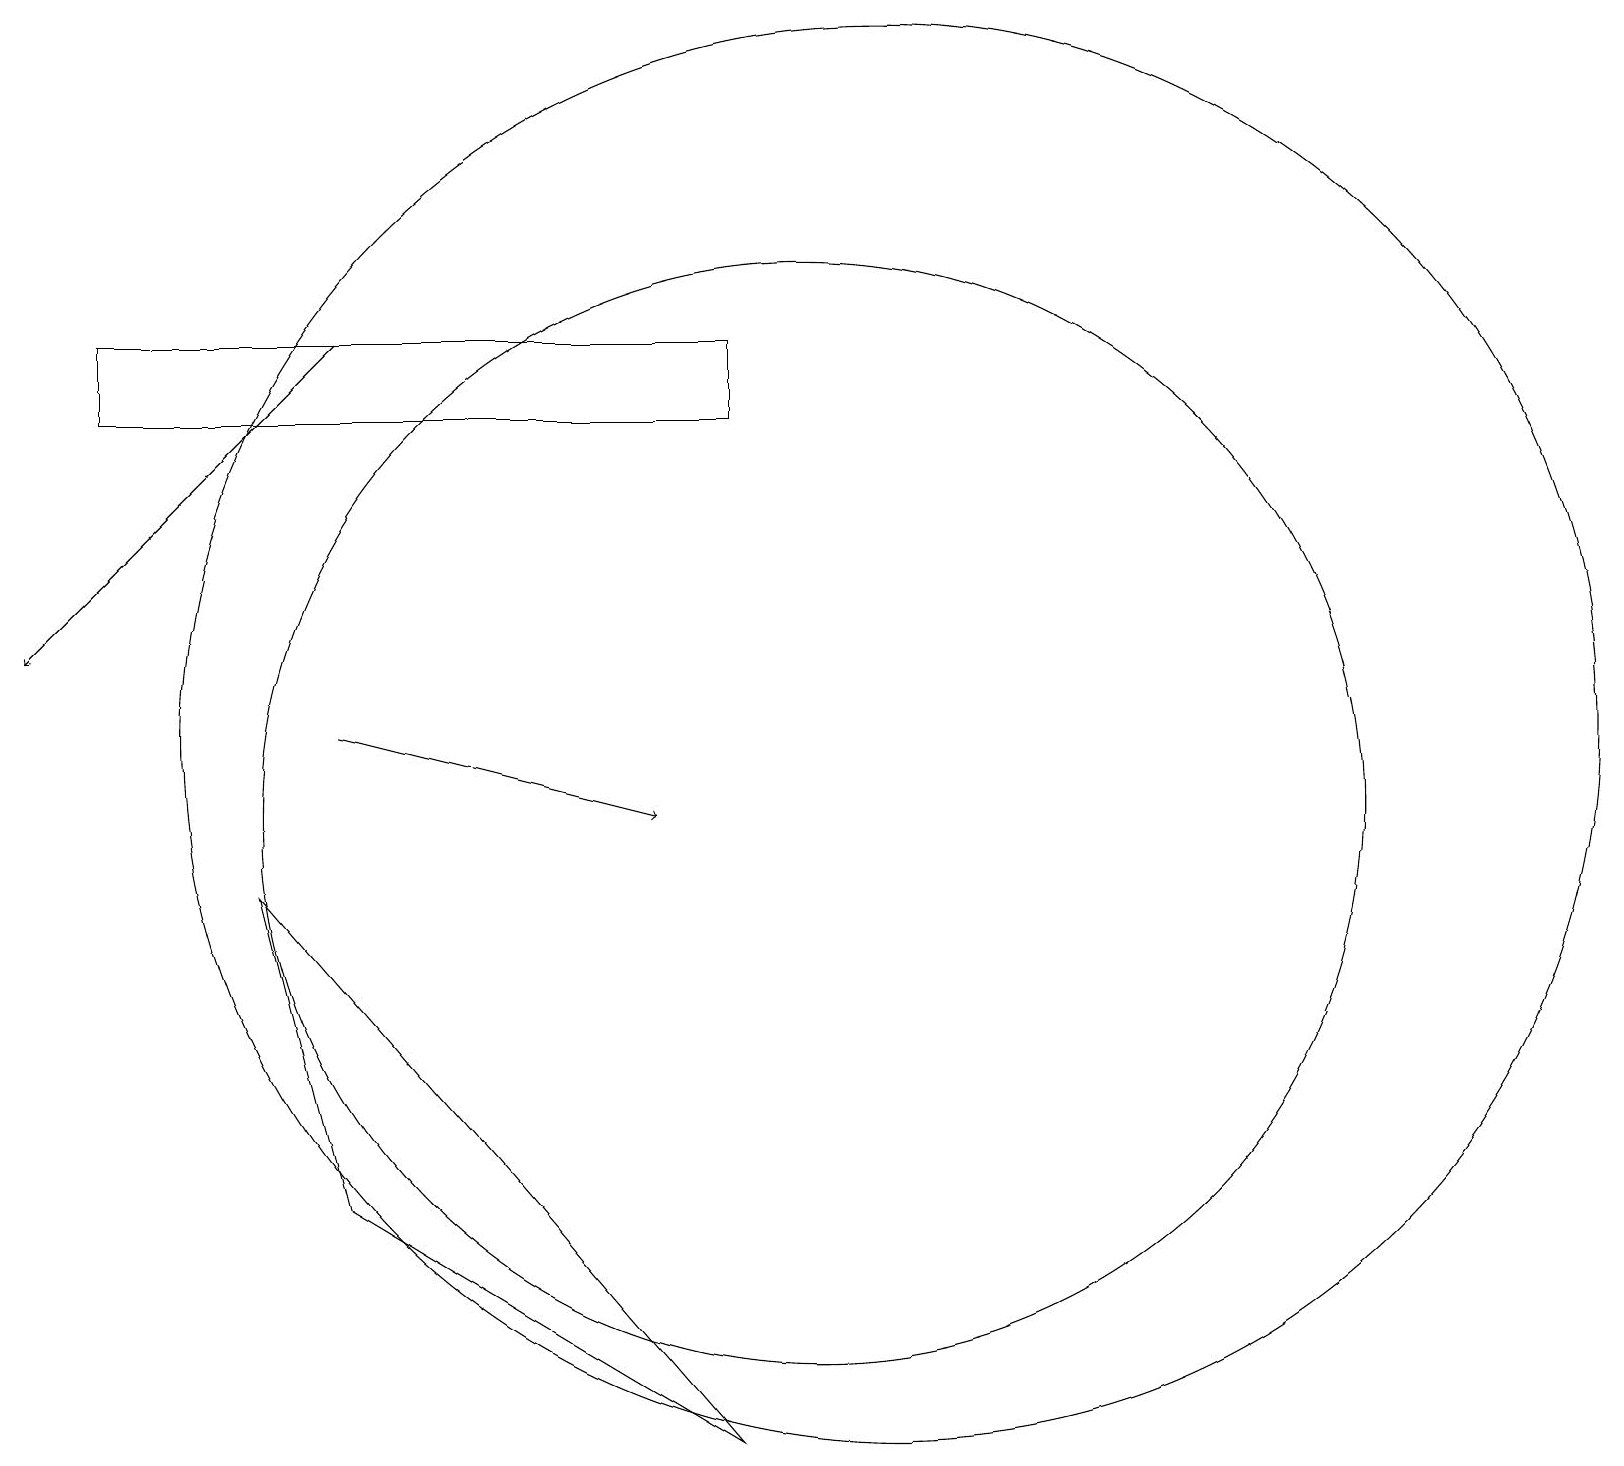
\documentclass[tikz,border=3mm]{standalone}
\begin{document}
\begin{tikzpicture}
\draw[->] (4,16) -- (0,12);
\draw (3,9) -- (4,5) -- (9,2) -- cycle;
\draw (1,16) rectangle (9,15);
\draw (11,11) circle (9);
\draw[->] (4,11) -- (8,10);
\draw (10,10) circle (7);
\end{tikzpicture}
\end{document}